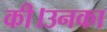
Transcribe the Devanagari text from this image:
की।उनका